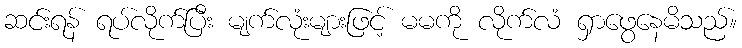
ဆင်းရန် ရပ်လိုက်ပြီး မျက်လုံးများဖြင့် မမကို လိုက်လံ ရှာဖွေနေမိသည်။